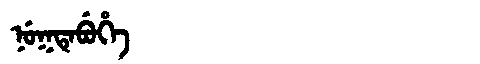
Manchu: ᠨᡠᡴᡨᡝᠪᡠᡥᡝ
Romanization: NUKTEBUHE